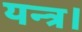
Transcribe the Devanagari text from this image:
यन्त्र।